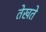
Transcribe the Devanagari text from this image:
तेखते